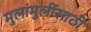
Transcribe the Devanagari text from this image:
मुलांमुलींसाठी